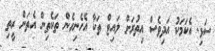
ސަޅި. އެކަމަކު އަދިވެސް އިތުރަށް ލައިޓް ތަކާ އެހެނިހެން ތަކެތިން އެތަން ރީތި